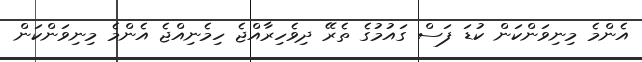
އެންމެ މިނިވަންކަން ކުޑަ ފަސް ގައުމުގެ ތެރޭ ދިވެހިރާއްޖެ ހިމެނިއްޖެ އެންމެ މިނިވަންކަން